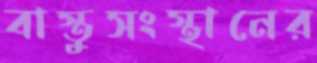
বাস্তুসংস্থানের